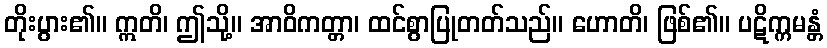
တိုးပွား၏။ ဣတိ၊ ဤသို့။ အာဝိကတ္တာ၊ ထင်စွာပြုတတ်သည်။ ဟောတိ၊ ဖြစ်၏။ ပဋိက္ကမန္တံ